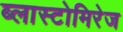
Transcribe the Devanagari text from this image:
ब्लास्टोमिरेज